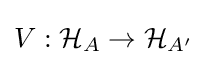
V:{\mathcal {H}}_{A}\to {\mathcal {H}}_{A'}